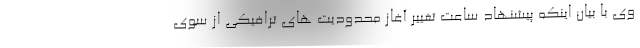
وی با بیان اینکه پیشنهاد ساعت تغییر آغاز محدودیت های ترافیکی از سوی